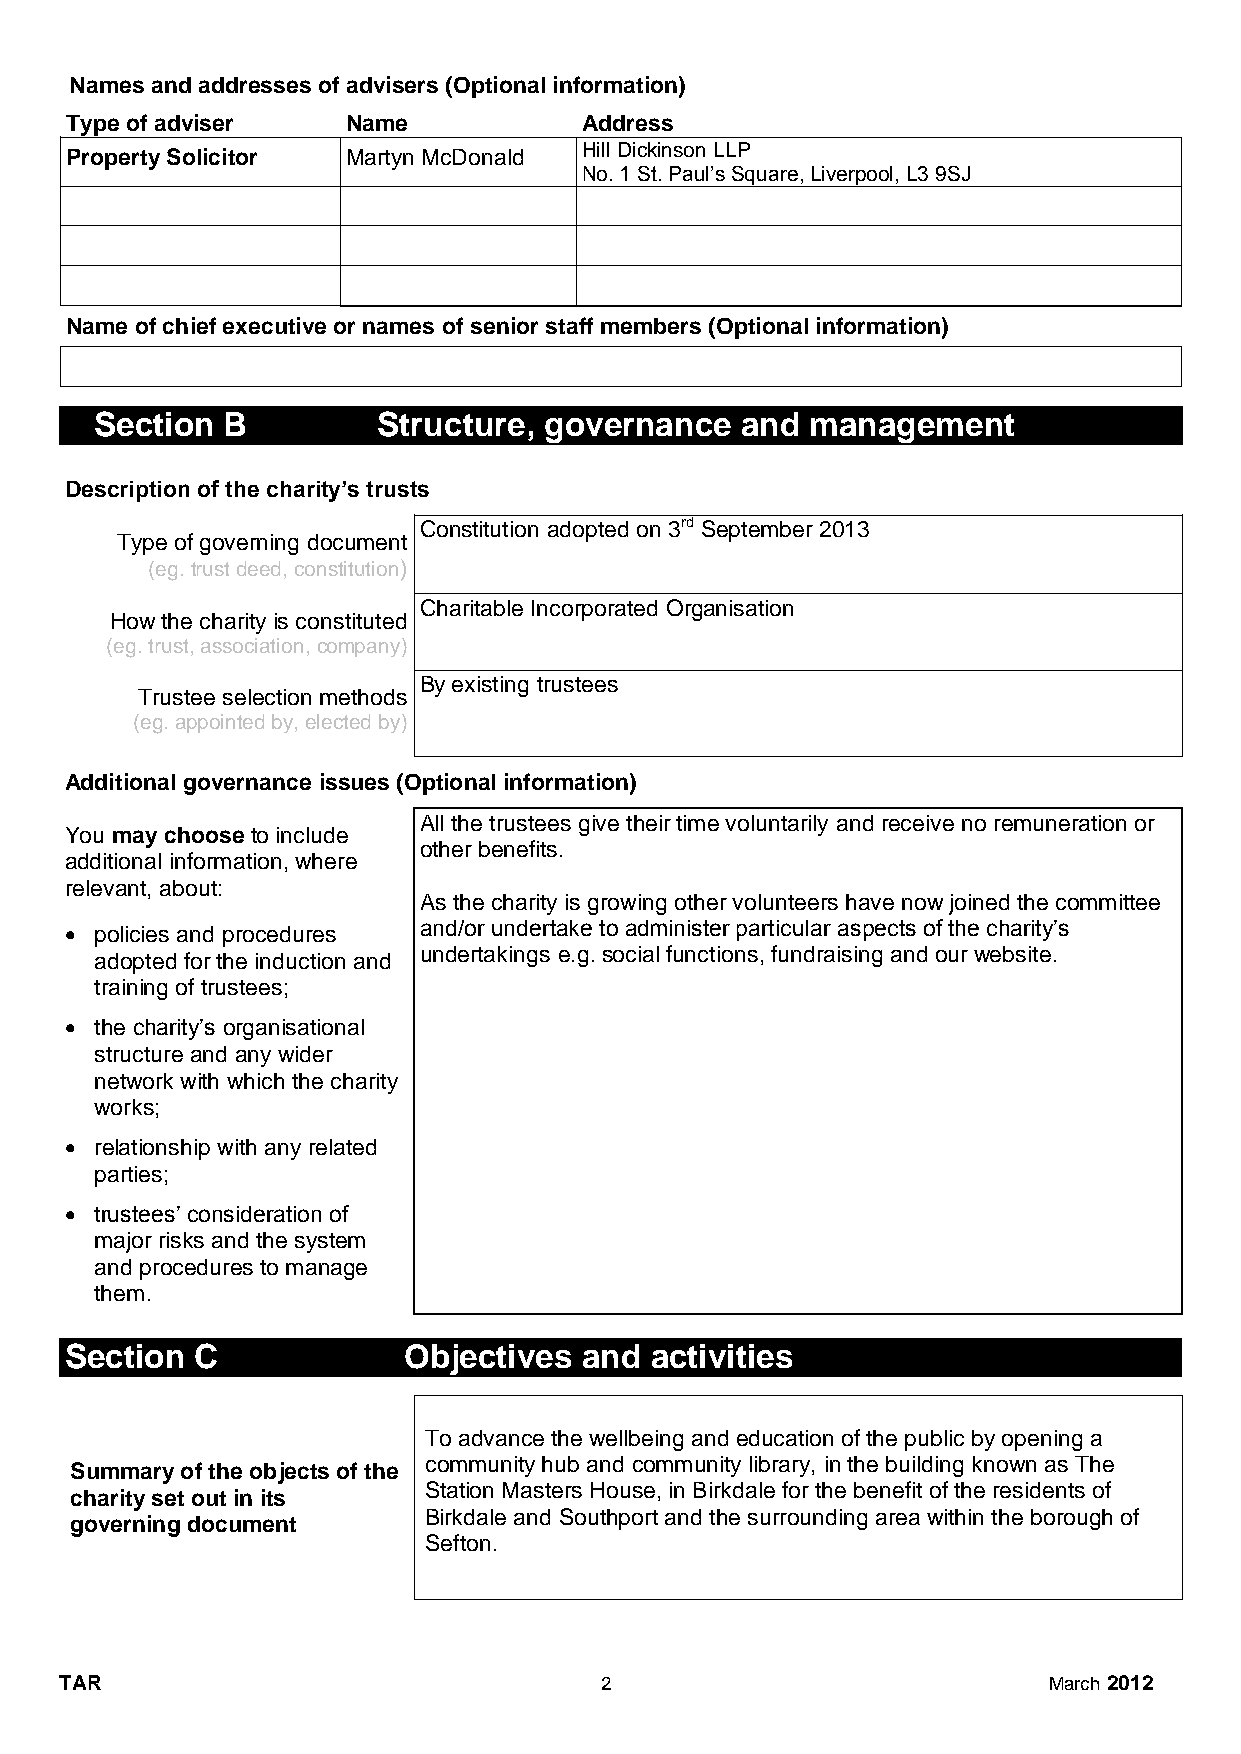
Names and addresses of advisers (Optional information)
 Type of adviser    Name            Address
 Hill Dickinson LLP
 Property Solicitor Martyn McDonald
 No. 1 St. Paul’s Square, Liverpool, L3 9SJ
 Name of chief executive or names of senior staff members (Optional information)
 Section  B         Structure, governance   and  management
 Description of the charity’s trusts
 Constitution adopted on 3rd September 2013
 Type of governing document
 (eg. trust deed, constitution)
 Charitable Incorporated Organisation
 How the charity is constituted
 (eg. trust, association, company)
 By existing trustees
 Trustee selection methods
 (eg. appointed by, elected by)
 Additional governance issues (Optional information)
 All the trustees give their time voluntarily and receive no remuneration or
 You may choose to include
 other benefits.
 additional information, where
 relevant, about:
 As the charity is growing other volunteers have now joined the committee
  policies and procedures and/or undertake to administer particular aspects of the charity’s
 undertakings e.g. social functions, fundraising and our website.
 adopted for the induction and
 training of trustees;
  the charity’s organisational
 structure and any wider
 network with which the charity
 works;
  relationship with any related
 parties;
  trustees’ consideration of
 major risks and the system
 and procedures to manage
 them.
 Section  C             Objectives  and activities
 To advance the wellbeing and education of the public by opening a
 community hub and community library, in the building known as The
 Summary of the objects of the
 Station Masters House, in Birkdale for the benefit of the residents of
 charity set out in its
 Birkdale and Southport and the surrounding area within the borough of
 governing document
 Sefton.
 TAR                                 2                            March 2012